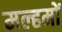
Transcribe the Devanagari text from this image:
मल्हमों